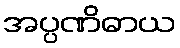
အပ္ပဏိဓာယ